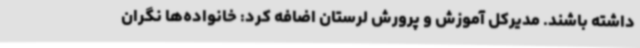
داشته باشند. مدیرکل آموزش و پرورش لرستان اضافه کرد: خانواده‌ها نگران